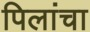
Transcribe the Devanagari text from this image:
पिलांचा